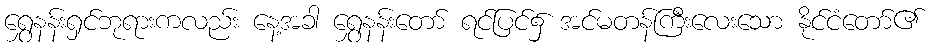
ရွှေနန်းရှင်ဘုရားကလည်း နေ့အခါ ရွှေနန်းတော် ရင်ပြင်၌ အင်မတန်ကြီးလေးသော နိုင်ငံတော်၏